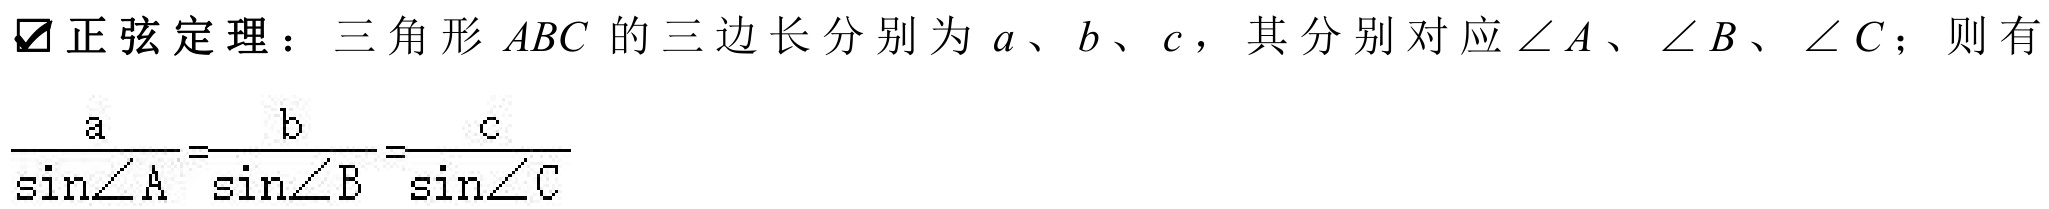
✔正弦定理：三角形\(ABC\)的三边长分别为\(a\)、\(b\)、\(c\)，其分别对应\(\angle A\)、\(\angle B\)、\(\angle C\)；则有
\(\frac{a}{\sin\angle A}=\frac{b}{\sin\angle B}=\frac{c}{\sin\angle C}\)